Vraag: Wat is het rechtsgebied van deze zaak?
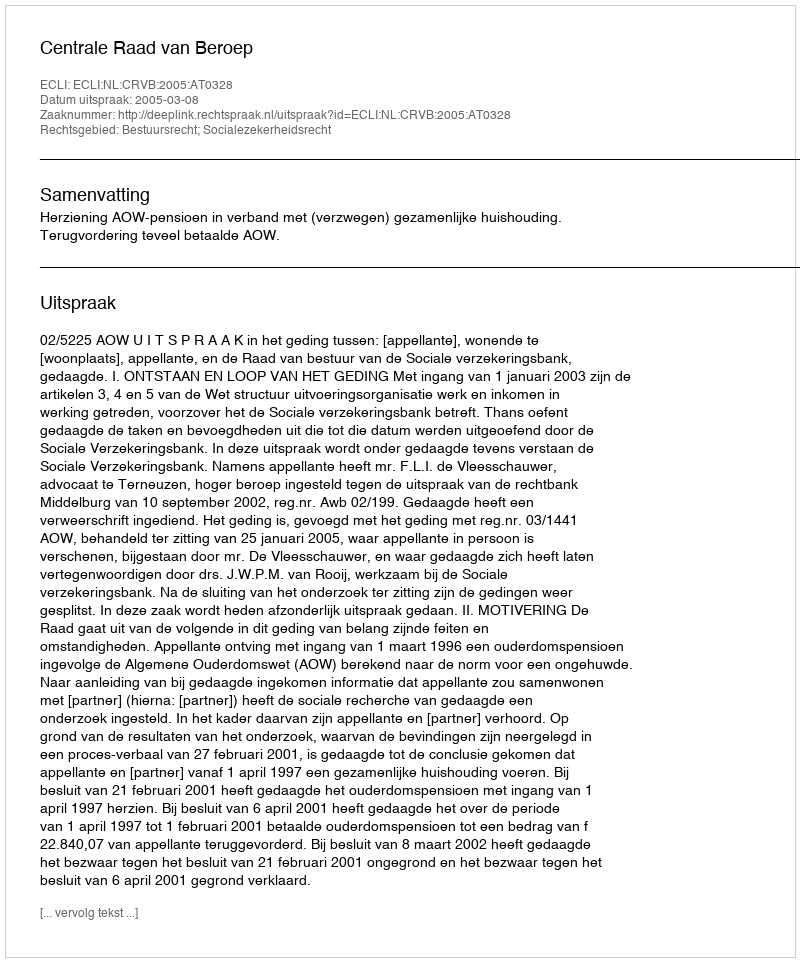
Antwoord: Bestuursrecht; Socialezekerheidsrecht